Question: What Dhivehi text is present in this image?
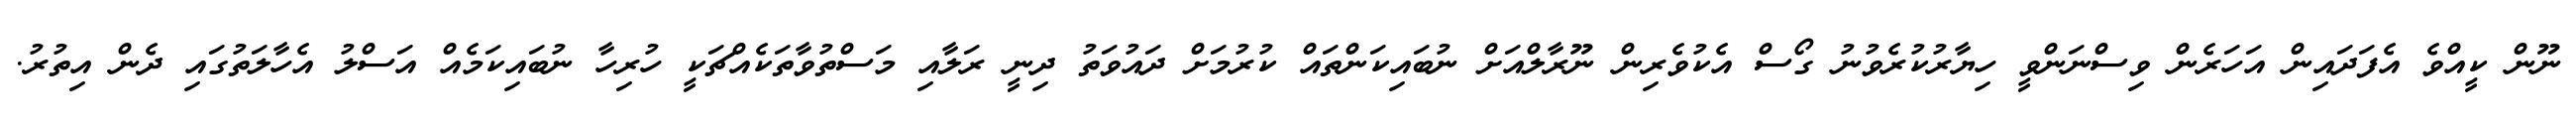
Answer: ނޫން ކީއްވެ އެފަދައިން އަހަރެން ވިސްނަންވީ ހިޔާރުކުރެވުނު ގޯސް އެކުވެރިން ނޫރާލްއަށް ނުބައިކަންތައް ކުރުމަށް ދައުވަތު ދިނީ ރަލާއި މަސްތުވާތަކެއްޗަކީ ހުރިހާ ނުބައިކަމެއް އަސްލު އެހާލަތުގައި ދެން އިތުރު.